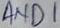
Text: AND1